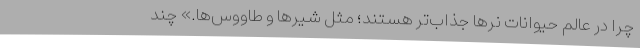
چرا در عالم حیوانات نرها جذاب‌تر هستند؛ مثل شیرها و طاووس‌ها.» چند